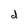
Character: d